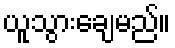
ယူသွားချေမည်။